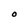
Character: O